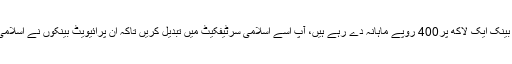
یہ کسی المیہ سے کم نہیں کہ اسلامی سرٹیفکیٹ میں پرائیویٹ بینک ایک لاکھ پر400 روپے ماہانہ دے رہے ہیں، آپ اسے اسلامی سرٹیفکیٹ میں تبدیل کریں تاکہ ان پرائیویٹ بینکوں نے اسلامی سرٹیفکیٹ کے نام پر جو ادھم بازی مچارکھی ہے وہ ختم ہو۔